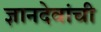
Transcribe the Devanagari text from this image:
ज्ञानदेवांची